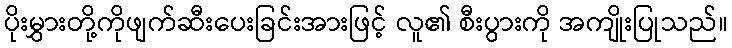
ပိုးမွှားတို့ကိုဖျက်ဆီးပေးခြင်းအားဖြင့် လူ၏ စီးပွားကို အကျိုးပြုသည်။